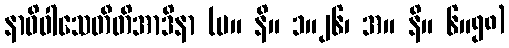
နာဓိဝါသေတီတိအာဒိနာ (မ။ နိ။ ၁။၂၆၊ အ။ နိ။ ၆။၅၈)